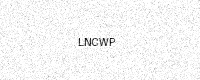
Text: LNCWP